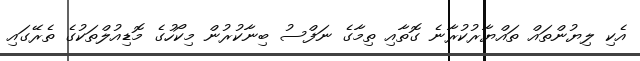
އެކި ލިޔުންތައް ތައްޔާރުކުރާނެ ގޮތާއި ތިމާގެ ނަފްސު ބިނާކުރުން މިކޯހުގެ މޮޑިއުލްތަކުގެ ތެރޭގައި